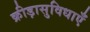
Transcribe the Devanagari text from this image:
क्रीड़ासुविधाएँ